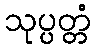
သုပ္ပတ္တံ